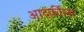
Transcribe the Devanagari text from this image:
आदर्कीला